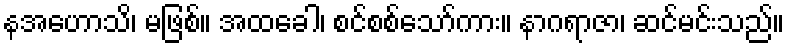
နအဟောသိ၊ မဖြစ်။ အထခေါ၊ စင်စစ်သော်ကား။ နာဂရာဇာ၊ ဆင်မင်းသည်။